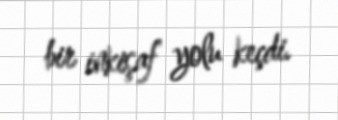
bir inkişaf yolu keçdi.